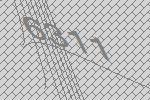
6311